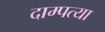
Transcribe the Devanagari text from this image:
दाम्पत्या